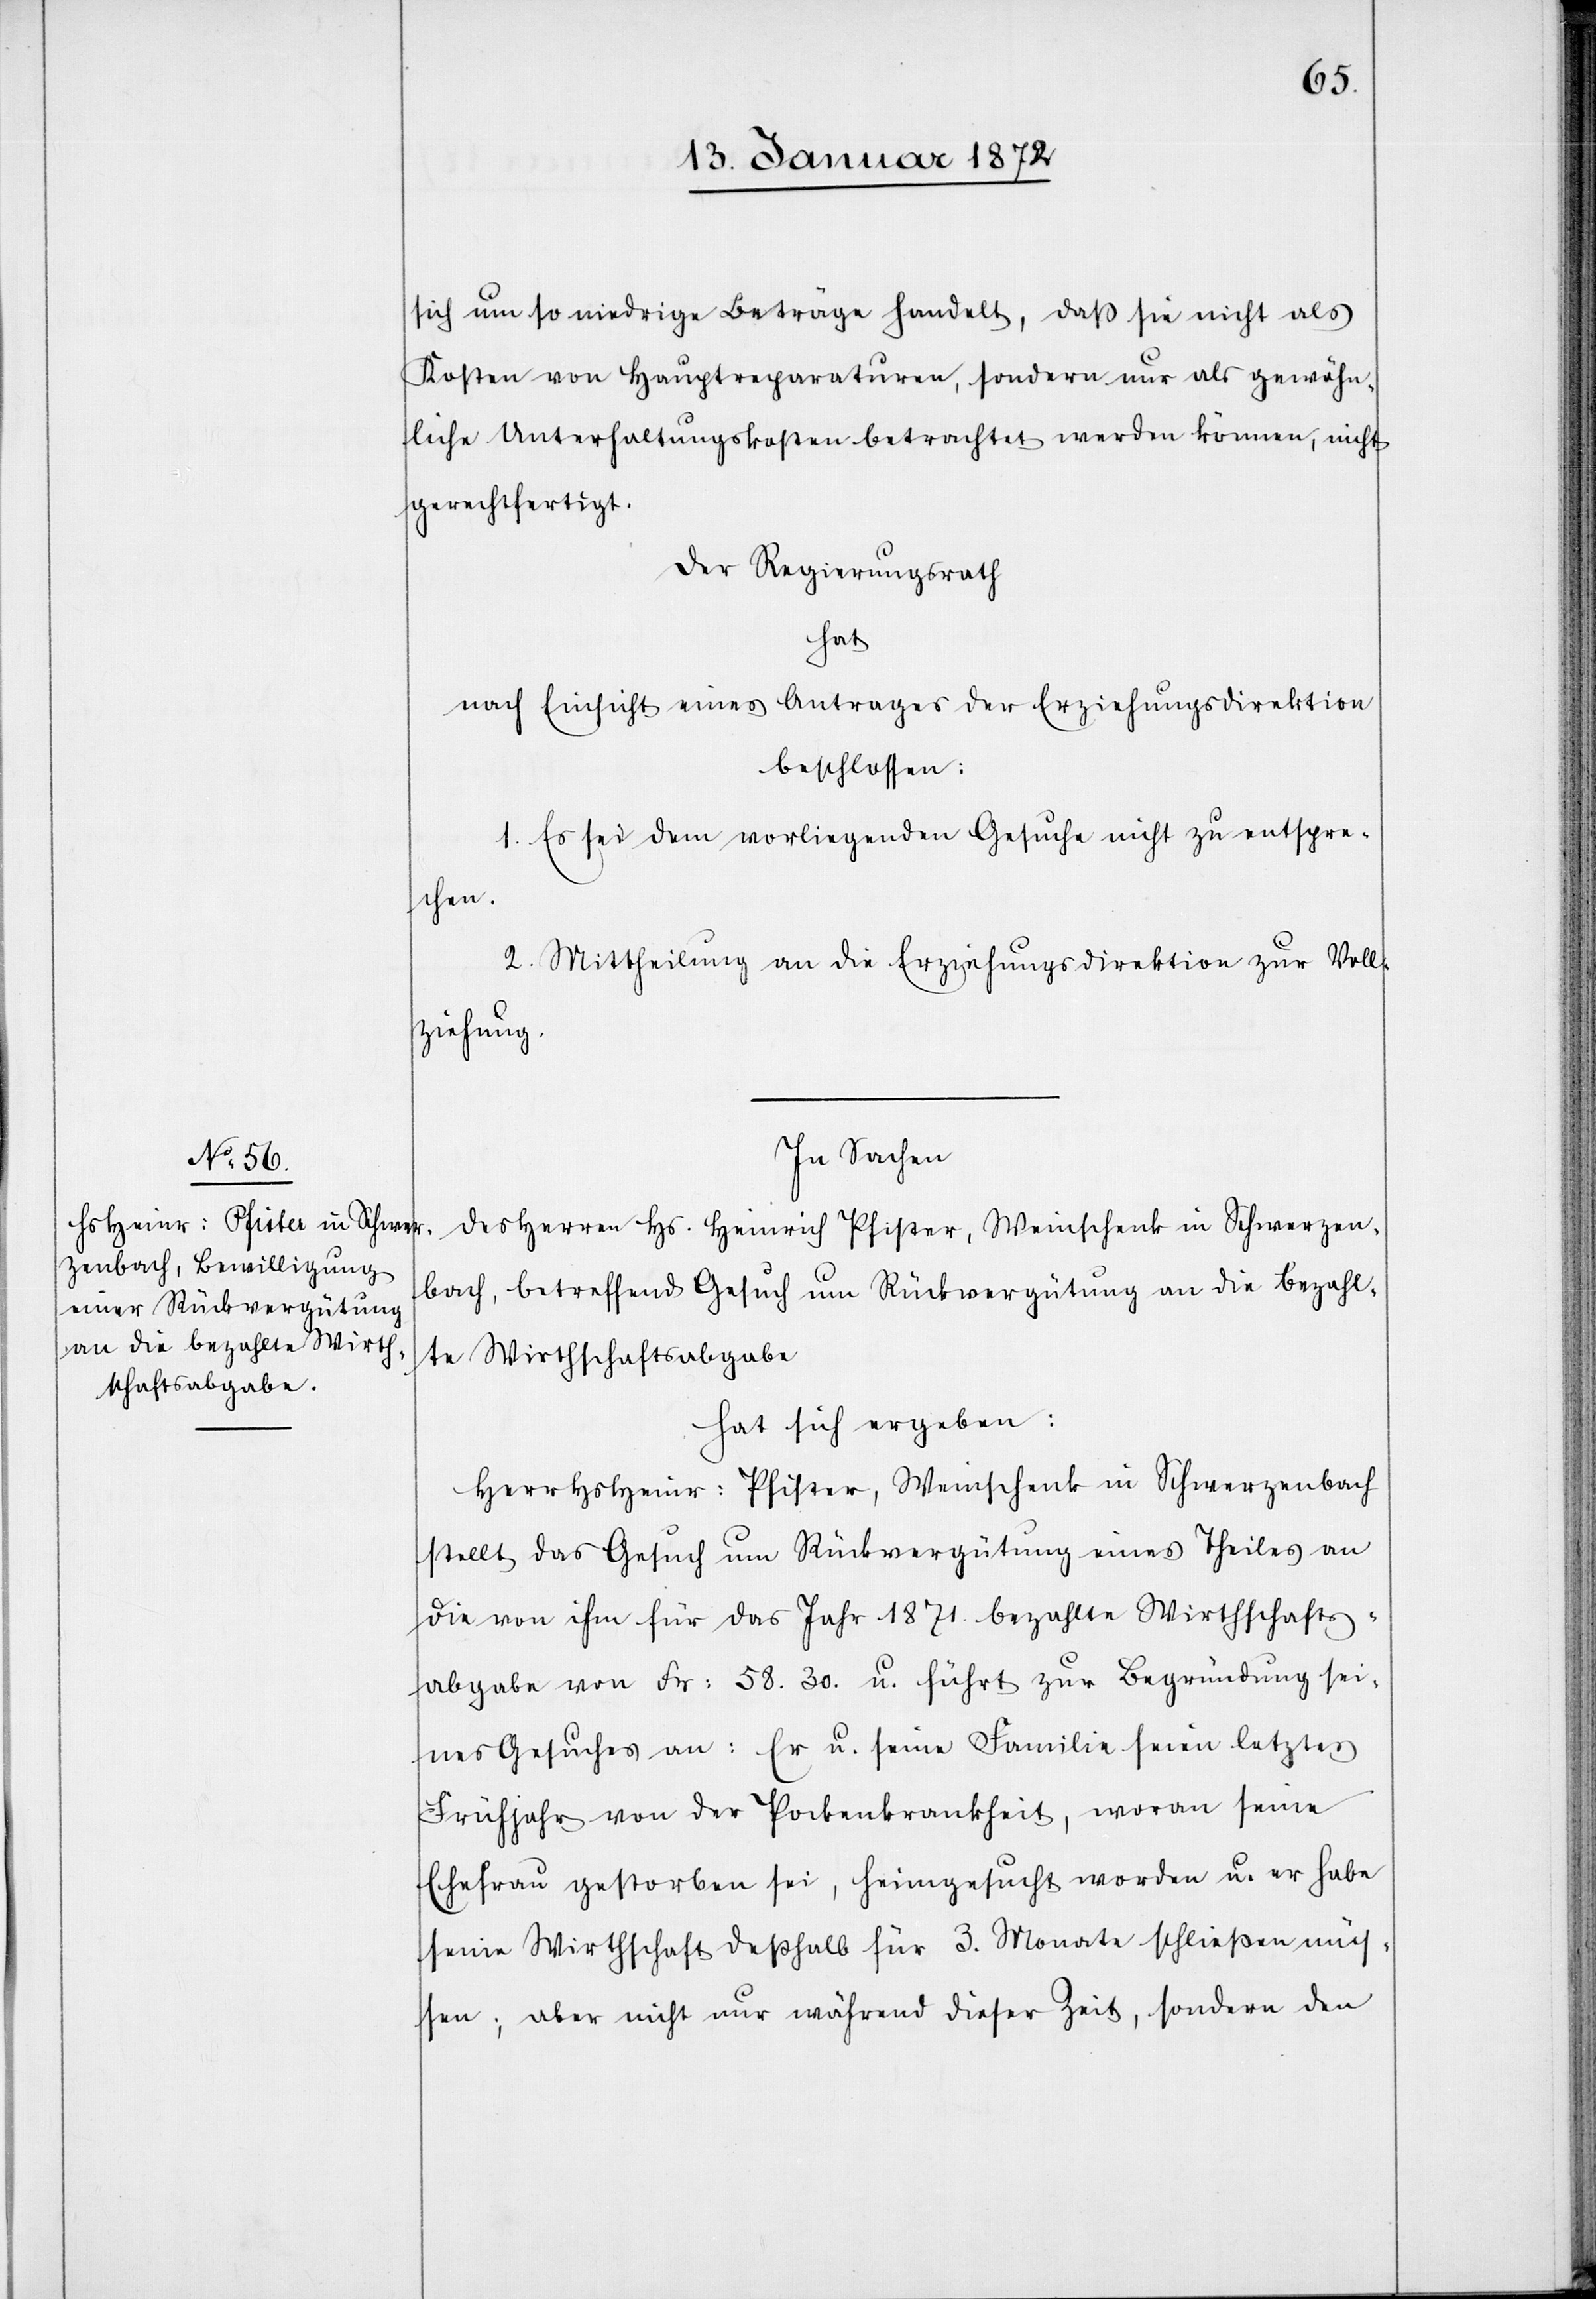
sich um so niedrige Beträge handelt, daß sie nicht als
Kosten von Hauptreparaturen, sondern nur als gewöhn¬
liche Unterhaltungskosten betrachtet werden können, nicht
gerechtfertigt.
Der Regierungsrath
hat
nach Einsicht eines Antrages der Erziehungsdirektion
beschlossen:
1. Es sei dem vorliegenden Gesuche nicht zu entspre¬
chen.
2. Mittheilung an die Erziehungsdirektion zur Voll¬
ziehung.
In Sachen
des Herren Hs. Heinrich Pfister, Weinschenk in Schwerzen¬
bach, betreffend Gesuch um Rückvergütung an die bezahl¬
te Wirthschaftsabgabe
hat sich ergeben:
Herr Hs Heinr: Pfister, Weinschenk in Schwerzenbach
stellt das Gesuch um Rückvergütung eines Theiles an
die von ihm für das Jahr 1871. bezahlte Wirthschafts¬
abgabe von Fr. 58.30. u. führt zur Begründung sei¬
nes Gesuches an: Er u. seine Familie seien letztes
Frühjahr von der Pockenkrankheit, woran seine
Ehefrau gestorben sei, heimgesucht worden u. er habe
seine Wirthschaft deßhalb für 3. Monate schließen müs¬
sen; aber nicht nur während dieser Zeit, sondern den